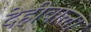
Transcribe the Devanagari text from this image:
देहीवाला